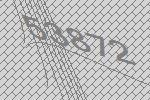
53872